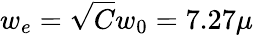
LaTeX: w_{e}=\sqrt{C}w_{0}=7.27\mu